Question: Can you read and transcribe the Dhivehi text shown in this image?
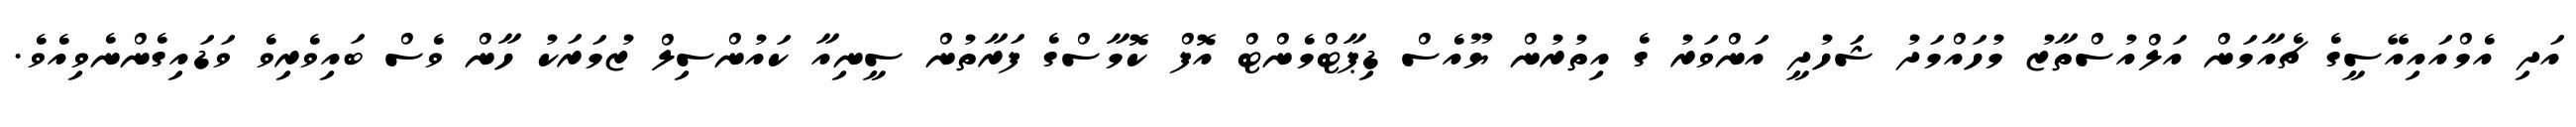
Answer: އަދި އެމްއައިއޭސީގެ ޗެއާމަން އަލްއުސްތާޒު މުހައްމަދު ޝަހުދީ އަންވަރު ގެ އިތުރުން ޔޫއެސް ޑިޕާޓްމެންޓް އޮފް ކޮމާސްގެ ފަރާތުން ސީނިއާ ކައުންސިލް ޒުމަރަކު ހާން ވެސް ބައިވެރިވެ ވަޑައިގެންނެވިއެވެ.